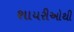
શાયરીઓથી